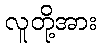
လူတို့အား